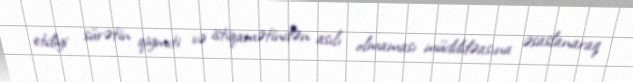
etdiyi sürətin qiymıti və istiqamətindən asılı olmaması müdddəasına əsaslanaraq